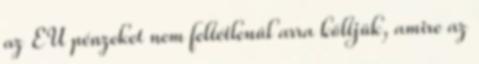
az EU pénzeket nem feltétlenül arra költjük, amire az